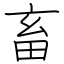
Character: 畜